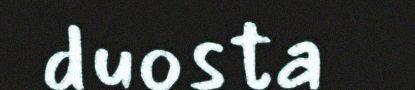
duosta